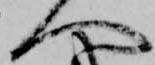
へ